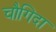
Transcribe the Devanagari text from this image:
चौगिदा